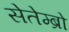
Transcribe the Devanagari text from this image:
सेतेम्ब्रो